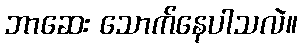
ဘာဆေး သောက်နေပါသလဲ။